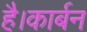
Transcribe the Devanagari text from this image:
है।कार्बन